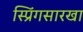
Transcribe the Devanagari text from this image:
स्प्रिंगसारखा